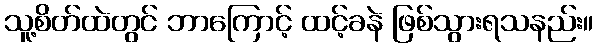
သူ့စိတ်ထဲတွင် ဘာကြောင့် ထင့်ခနဲ ဖြစ်သွားရသနည်း။